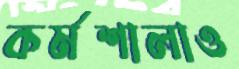
কর্মশালাও